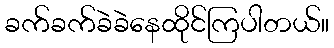
ခက်ခက်ခဲခဲနေထိုင်ကြပါတယ်။